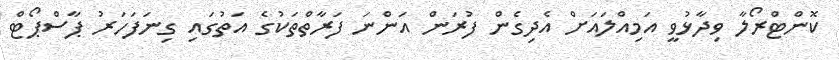
ކޮންޓްރޯލާ ވިދާޅުވީ އަމިއްލައަށް އެދިގެން ފުރަން އަންނަ ފަރާތްތަކުގެ އަތުގައި ގިނަފަހަރު ޕާސްޕޯޓް